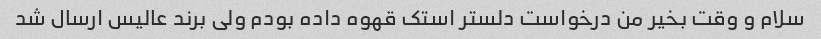
سلام و وقت بخیر من درخواست دلستر استک قهوه داده بودم ولی برند عالیس ارسال شد